Veterinary regulations India, 1935 -
Year: 1935
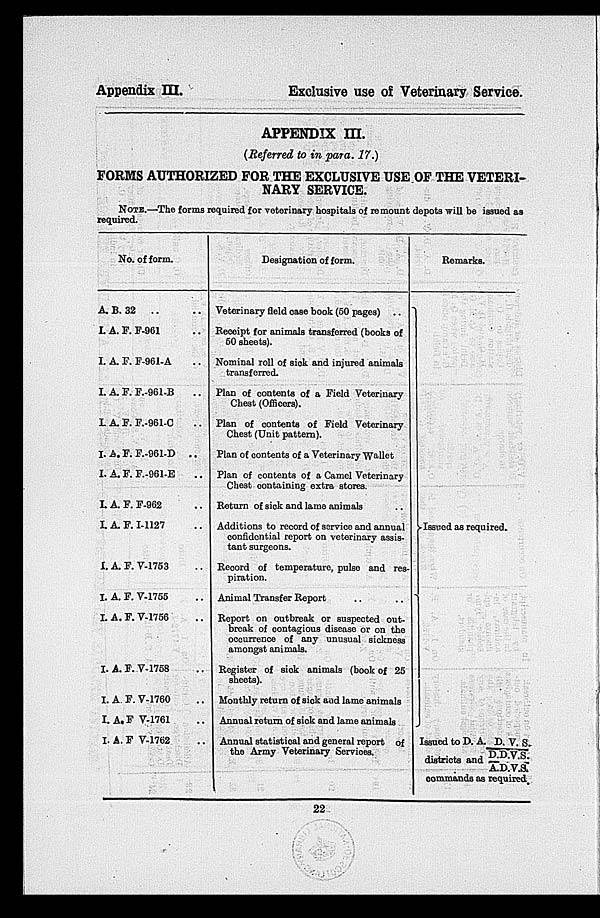
Appendix
III.
Exclusive use of Veterinary Service.
APPENDIX III.
(Referred to in para. 17.)
FORMS AUTHORIZED FOR THE EXCLUSIVE USE OF THE VETERI-
NARY SERVICE.
NOTE.—The forms required for veterinary hospitals of remount depots will be issued as
required.
No. of form.
A. B. 32
.. ..
I. A. F. F-961 ..
I. A. F. F-961-A ..
I. A. F. F.-961-B
..
I. A. F. F.-961-C ..
I. A. F. F.-961-D
..
I. A. F. F.-961-E ..
I. A. F. F-962 ..
I. A. F. I-1127 ..
I. A. F. V-1753 ..
I. A. F. V-1755 ..
I. A. F. V-1756 ..
I. A. F. V-1758 ..
I. A, F. V-1760 ..
I. A. F V-1761 ..
I. A. F V-1762 ..
Designation of form.
Veterinary field case book (50 pages) ..
Receipt for animals transferred (books of
50 sheets).
Nominal roll of sick and injured animals
transferred.
Plan of contents of a Field Veterinary
Chest (Officers).
Plan of contents of Field Veterinary
Chest (Unit pattern).
Plan of contents of a Veterinary Wallet
Plan of contents of a Camel Veterinary
Chest containing extra stores.
Return of sick and lame animals
Additions to record of service and annual
confidential report on veterinary assis-
tant surgeons.
Record of temperature, pulse and res-
piration.
Animal Transfer Report .. ..
Report on outbreak or suspected out-
break of contagious disease or on the
occurrence of any unusual sickness
amongst animals.
Register of sick animals (book of 25
sheets).
Monthly return of sick and lame animals
Annual return of sick and lame animals
Annual statistical and general report of
the Army Veterinary Services.
Remarks.
Issued as required.
Issued to D. A. P. V. S.
districts and D.D.V.S.
A.D.V.S.
commands as required.
22